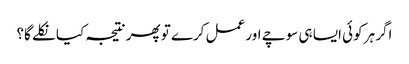
اگر ہر کوئی ایسا ہی سوچے اور عمل کرے تو پھر نتیجہ کیا نکلے گا؟